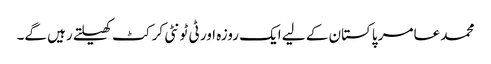
محمد عامر پاکستان کے لیے ایک روزہ اور ٹی ٹونٹی کرکٹ کھیلتے رہیں گے۔